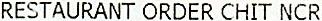
RESTAURANT ORDER CHIT NCR